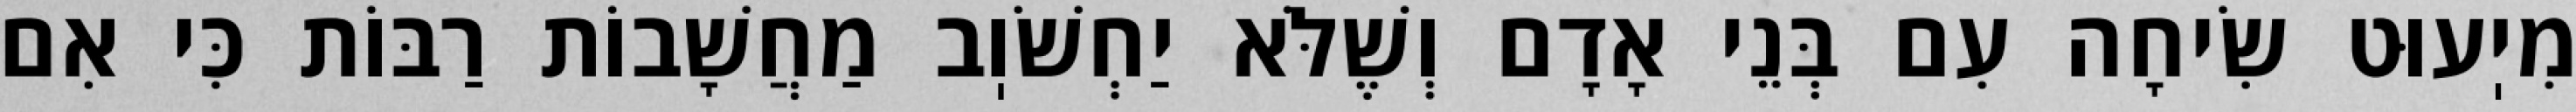
מִיֽעוּט שִׂיחָה עִם בְּנֵי אָדָם וְשֶׁלֹּא יַחְשֹׁוֽב מַחֲשָׁבוֹת רַבּוֹת כִּי אִם